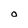
Character: O